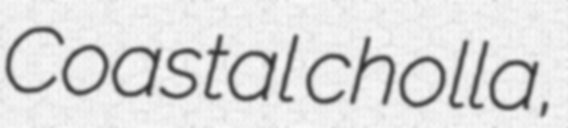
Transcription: Coastal cholla,